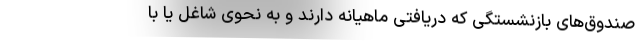
صندوق‌های بازنشستگی که دریافتی ماهیانه دارند و به نحوی شاغل یا با